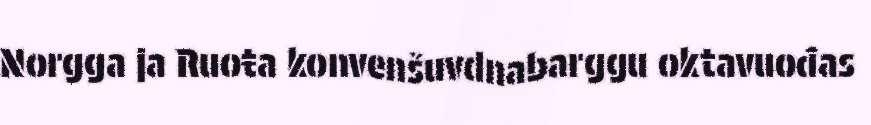
Norgga ja Ruoŧa konvenšuvdnabarggu oktavuođas